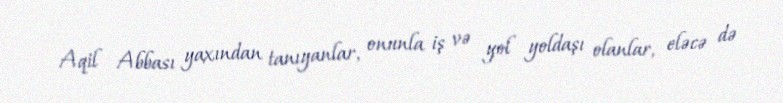
Aqil Abbası yaxından tanıyanlar, onunla iş və yol yoldaşı olanlar, eləcə də